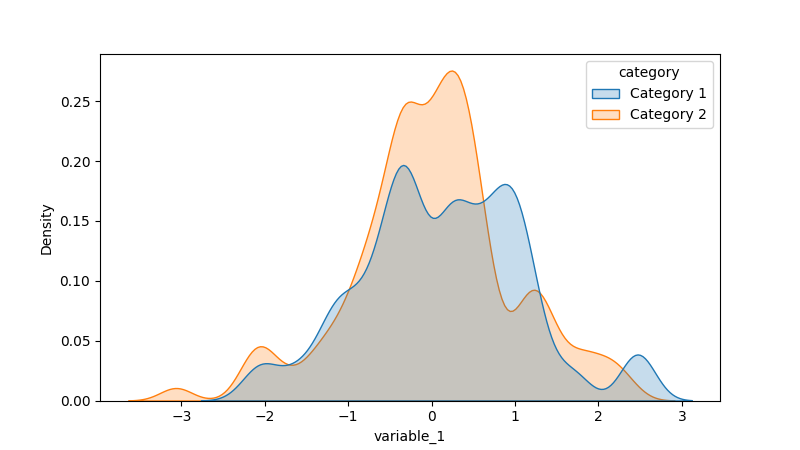
python, seaborn, kdeplot, hue='category', fill=True, bw_adjust=0.5